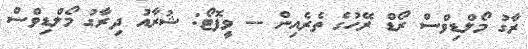
ރާގު މޯލްޑިވްސް ރޯޑް ރޭހުގެ ތެރެއިން -- ވީފޮޓޯ: ޝުރާއު ދިރާގު މޯލްޑިވްސް